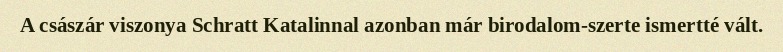
A császár viszonya Schratt Katalinnal azonban már birodalom-szerte ismertté vált.